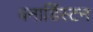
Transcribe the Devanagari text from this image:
बनार्डिस्टन